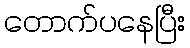
တောက်ပနေပြီး